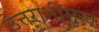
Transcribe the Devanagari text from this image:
उत्तराभीमुख